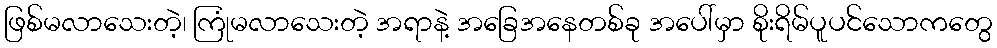
ဖြစ်မလာသေးတဲ့၊ ကြုံမလာသေးတဲ့ အရာနဲ့ အခြေအနေတစ်ခု အပေါ်မှာ စိုးရိမ်ပူပင်သောကတွေ